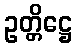
ဥတ္တိဋ္ဌေ